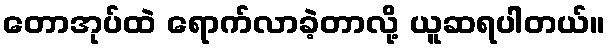
တောအုပ်ထဲ ရောက်လာခဲ့တာလို့ ယူဆရပါတယ်။